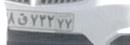
۱۸ق۷۳۲۷۷